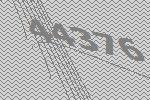
44376